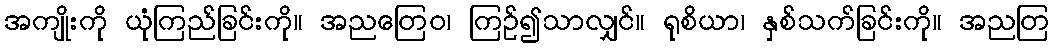
အကျိုးကို ယုံကြည်ခြင်းကို။ အညတြေဝ၊ ကြဉ်၍သာလျှင်။ ရုစိယာ၊ နှစ်သက်ခြင်းကို။ အညတြ